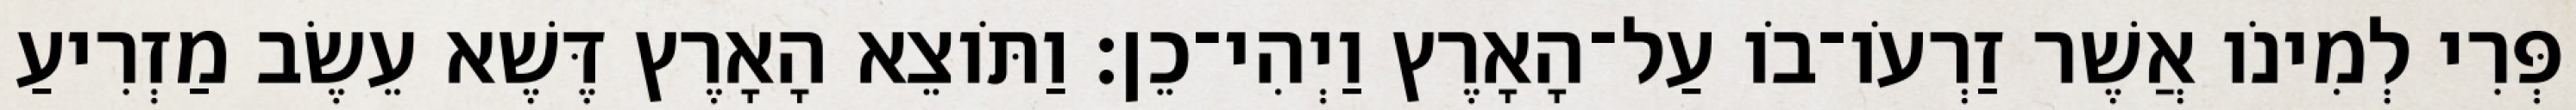
פְּרִי לְמִינֹו אֲשֶׁר זַרְעֹו־בֹו עַל־הָאָרֶץ וַיְהִי־כֵן׃ וַתֹּוצֵא הָאָרֶץ דֶּשֶׁא עֵשֶׂב מַזְרִיעַ